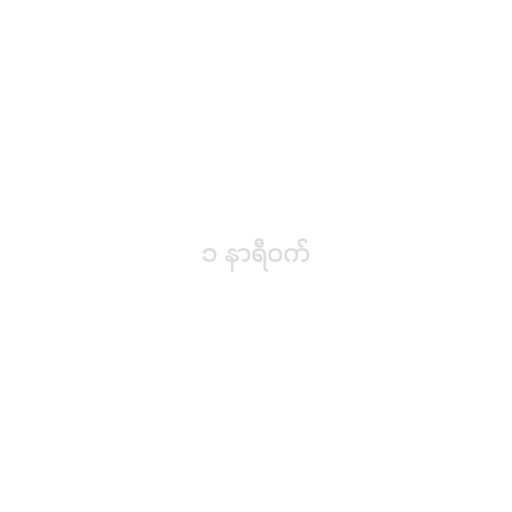
၁ နာရီဝက်